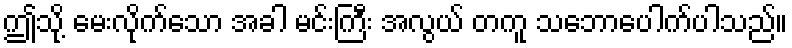
ဤသို့ မေးလိုက်သော အခါ မင်းကြီး အလွယ် တကူ သဘောပေါက်ပါသည်။